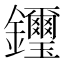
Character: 𨰡